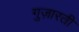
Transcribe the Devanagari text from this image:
गुज़ारती